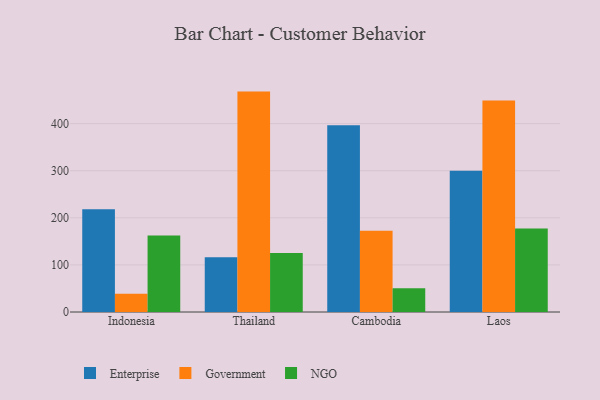
{"axis": {"x": "Country", "y": "Population (Million)"}, "legend": ["Enterprise", "Government", "NGO"], "data": [{"x": "Indonesia", "y": 218.3, "type": "Enterprise"}, {"x": "Indonesia", "y": 39.0, "type": "Government"}, {"x": "Indonesia", "y": 162.4, "type": "NGO"}, {"x": "Thailand", "y": 116.4, "type": "Enterprise"}, {"x": "Thailand", "y": 468.0, "type": "Government"}, {"x": "Thailand", "y": 125.2, "type": "NGO"}, {"x": "Cambodia", "y": 396.4, "type": "Enterprise"}, {"x": "Cambodia", "y": 172.5, "type": "Government"}, {"x": "Cambodia", "y": 50.6, "type": "NGO"}, {"x": "Laos", "y": 300.1, "type": "Enterprise"}, {"x": "Laos", "y": 449.2, "type": "Government"}, {"x": "Laos", "y": 177.1, "type": "NGO"}]}